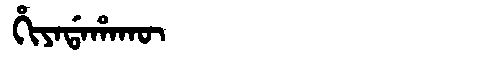
Manchu: ᡥᡳᠶᠠᡩᠠᡥᠠᡴᡡ
Romanization: HIYADAHAKŪ